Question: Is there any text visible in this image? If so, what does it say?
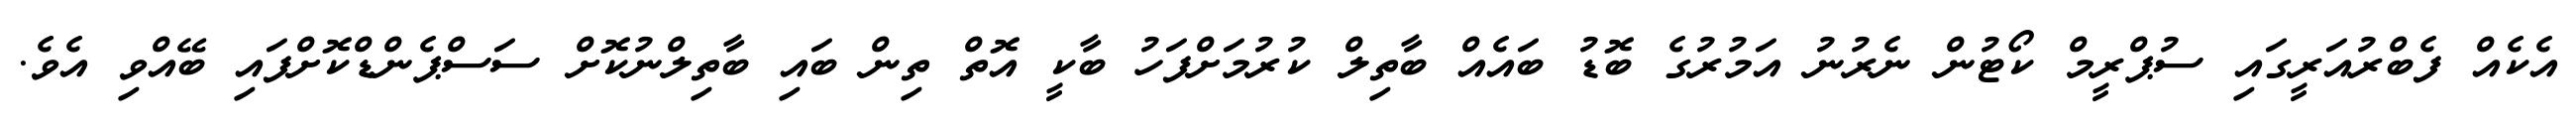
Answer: އެކެއް ފެބްރުއަރީގައި ސުޕްރީމް ކޯޓުން ނެރުނު އަމުރުގެ ބޮޑު ބައެއް ބާތިލް ކުރުމަށްފަހު ބާކީ އޮތް ތިން ބައި ބާތިލްނުކޮށް ސަސްޕެންޑްކޮށްފައި ބޭއްވި އެވެ.